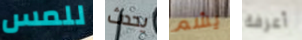
للمس يحدث يشم أعرفة